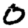
Digit: 0